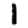
Digit: 1